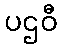
ပဌဝီ